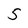
Character: 5